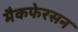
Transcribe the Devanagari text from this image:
मैकफेरसन